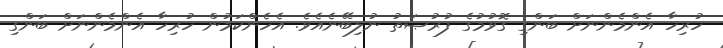
ހުރިހާ އެންމެންނަށް ބަންގި ގޮވުމުގެ ފުރުޞަތު ނުލިބޭނެއެވެ. އެހެންކަމުން ހުރިހާ އެންމެންނަށް ބަންގި